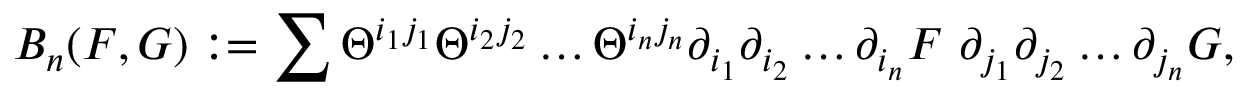
B _ { n } ( F , G ) : = \sum \Theta ^ { i _ { 1 } j _ { 1 } } \Theta ^ { i _ { 2 } j _ { 2 } } \dots \Theta ^ { i _ { n } j _ { n } } \partial _ { i _ { 1 } } \partial _ { i _ { 2 } } \dots \partial _ { i _ { n } } F \ \partial _ { j _ { 1 } } \partial _ { j _ { 2 } } \dots \partial _ { j _ { n } } G ,